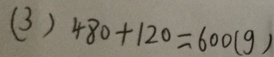
( 3 ) 4 8 0 + 1 2 0 = 6 0 0 ( g )